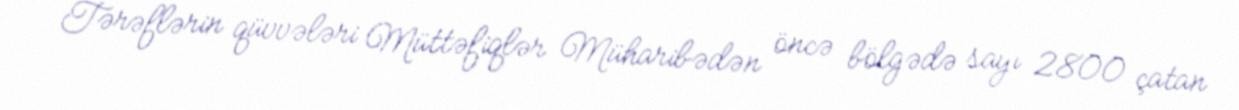
Tərəflərin qüvvələri Müttəfiqlər Müharibədən öncə bölgədə sayı 2800 çatan